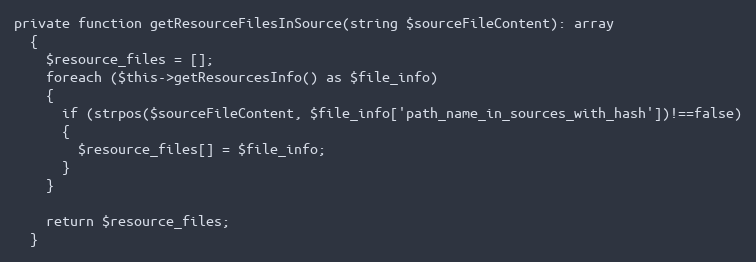
Language: PHP
private function getResourceFilesInSource(string $sourceFileContent): array
  {
    $resource_files = [];
    foreach ($this->getResourcesInfo() as $file_info)
    {
      if (strpos($sourceFileContent, $file_info['path_name_in_sources_with_hash'])!==false)
      {
        $resource_files[] = $file_info;
      }
    }

    return $resource_files;
  }